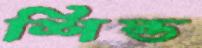
শিল্ড